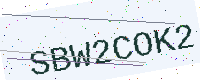
Text: SBW2COK2